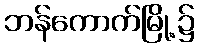
ဘန်ကောက်မြို့၌